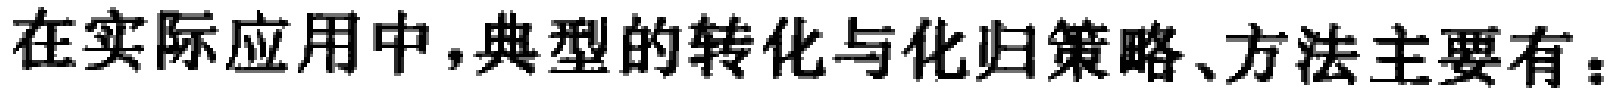
在实际应用中,典型的转化与化归策略、方法主要有：